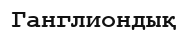
Ганглиондық